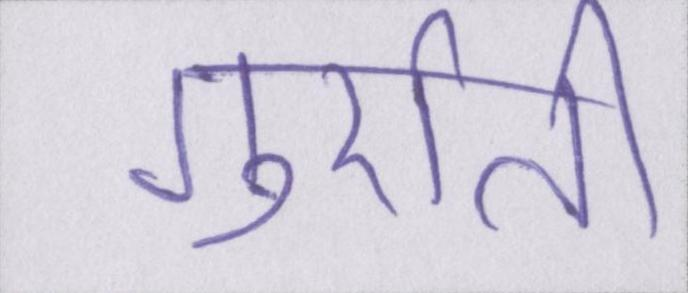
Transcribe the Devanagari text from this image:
गुर्राती